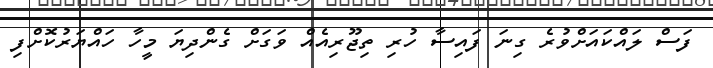
ފަސް ލައްކައަށްވުރެ ގިނަ ފައިސާ ހުރި ތިޖޫރިއެއް ވަގަށް ގެންދިޔަ މީހާ ހައްޔަރުކޮށްފި